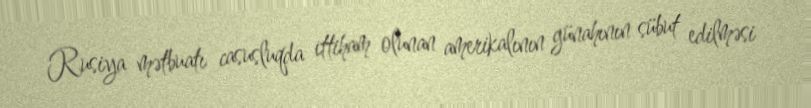
Rusiya mətbuatı casusluqda ittiham olunan amerikalının günahının sübut edilməsi